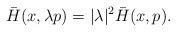
LaTeX: \begin{align*}\bar{H}(x,\lambda p)= |\lambda|^2 \bar{H}(x,p).\end{align*}